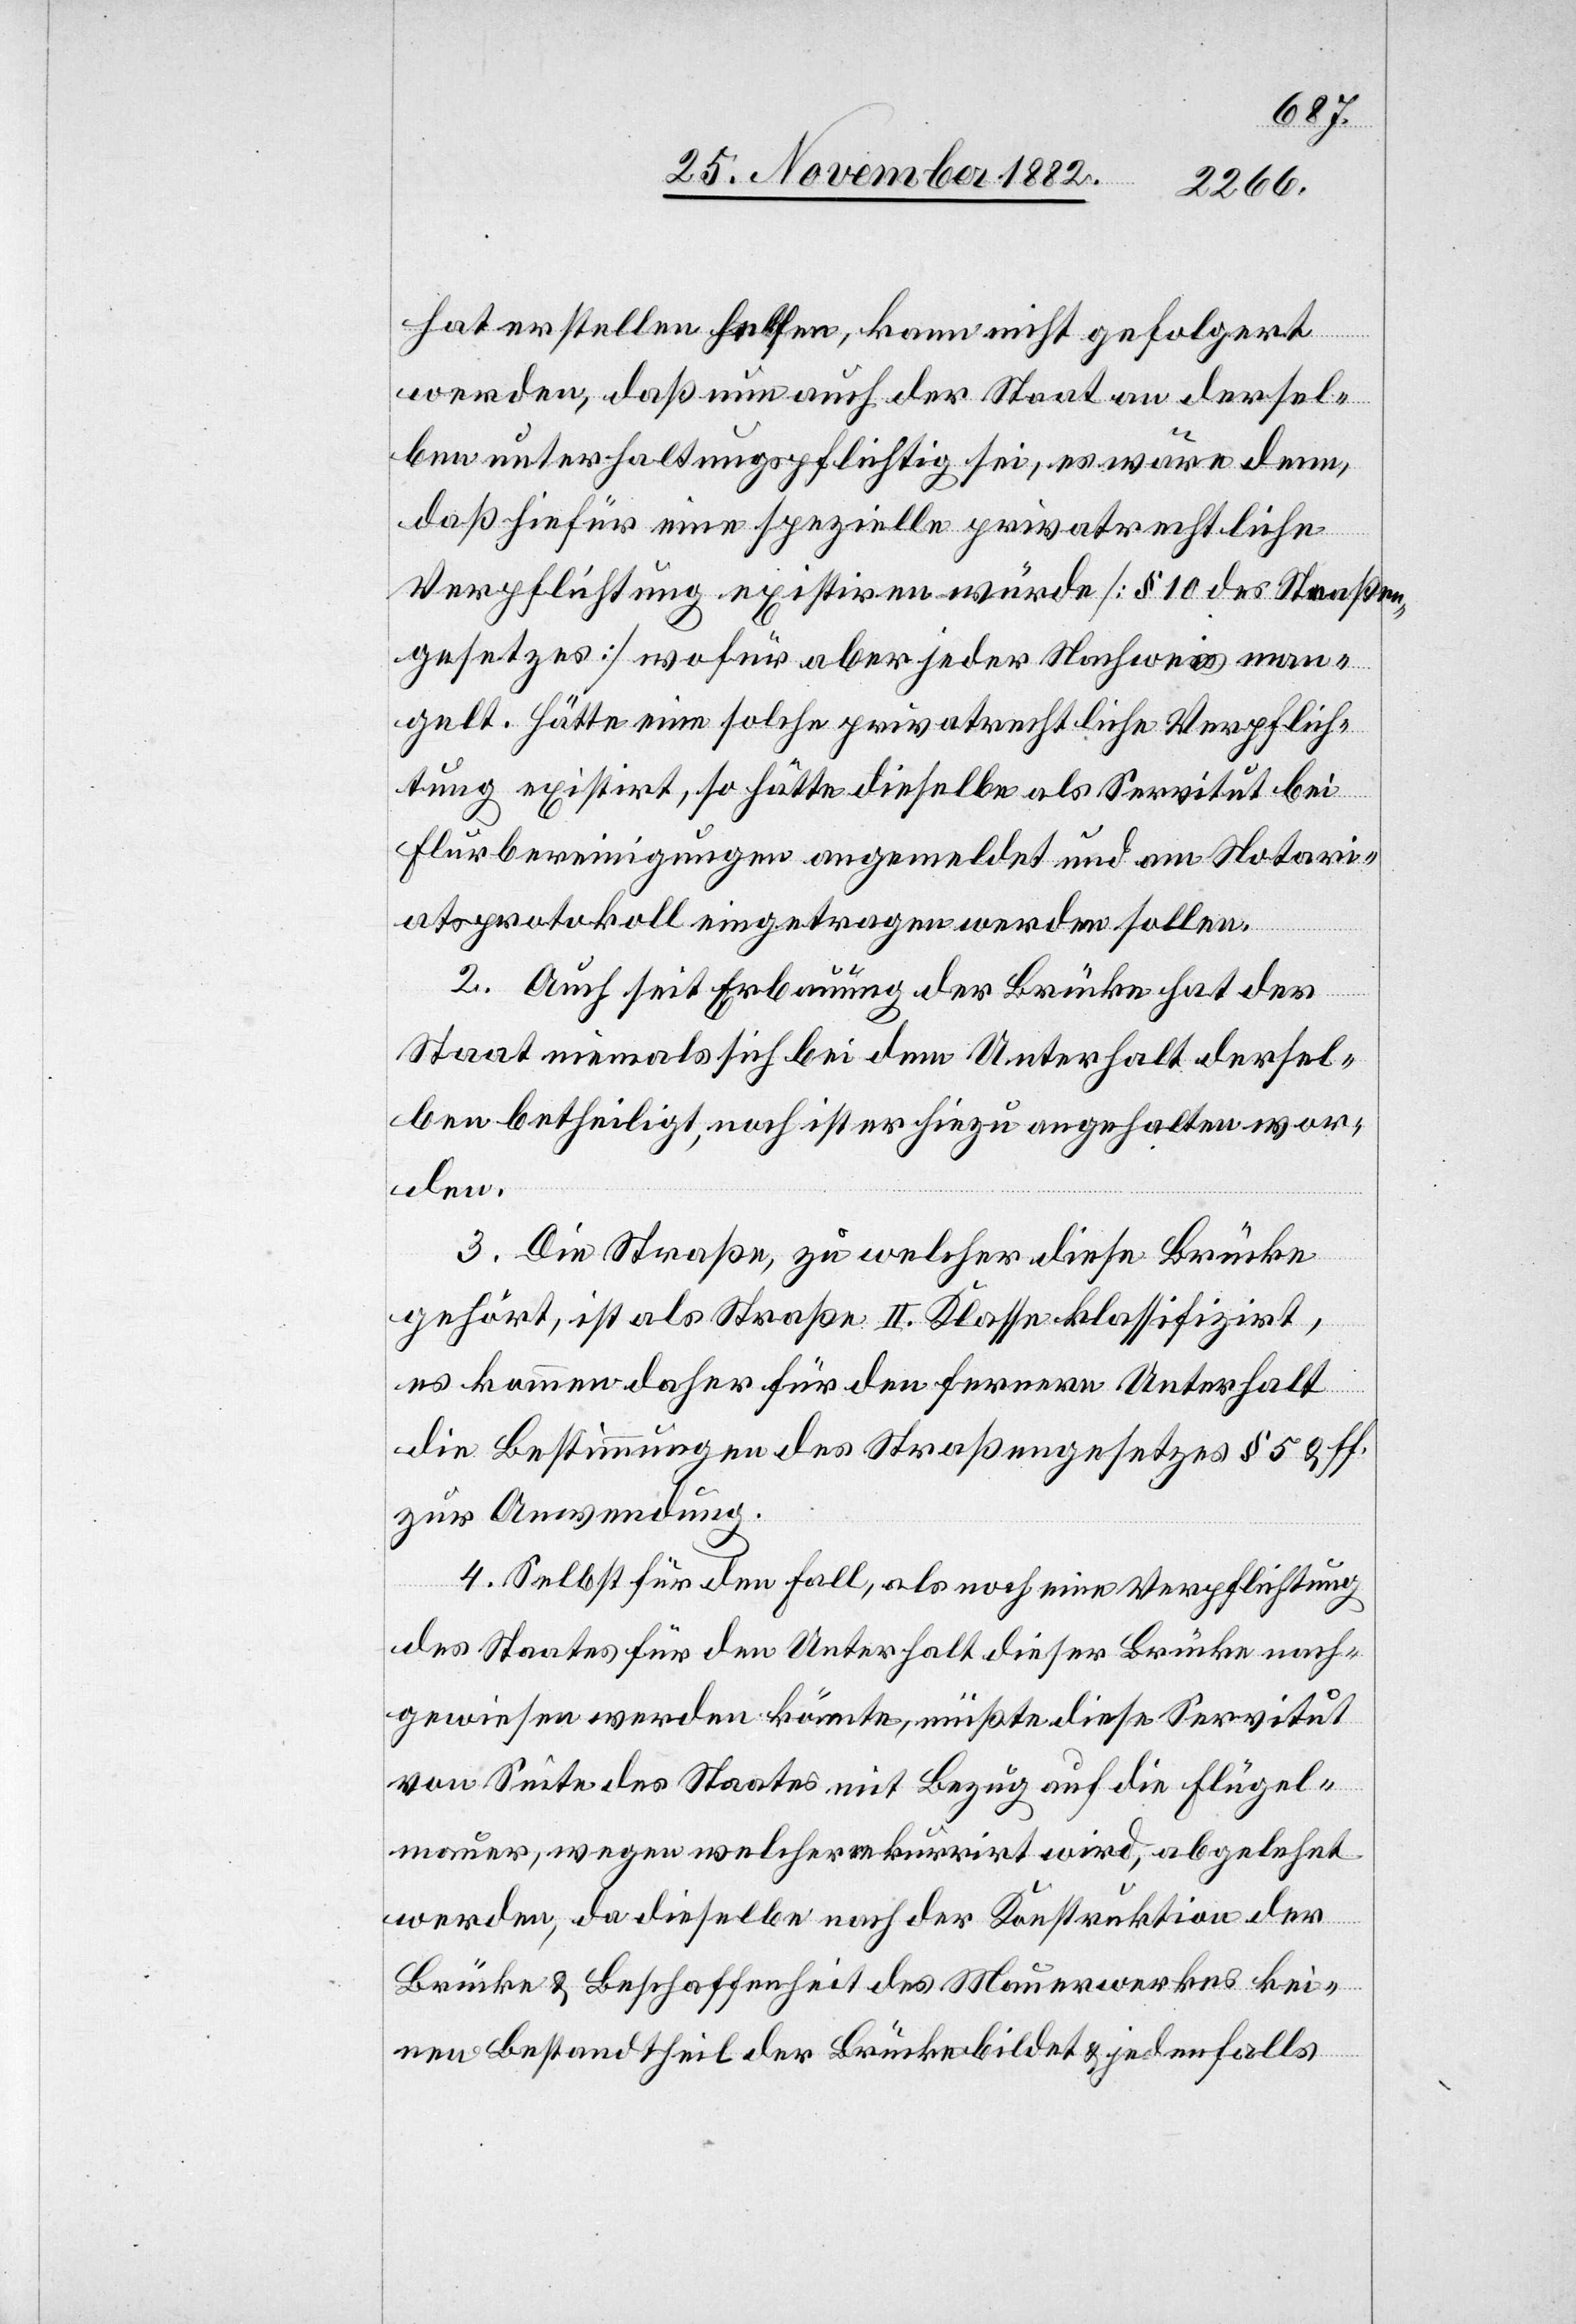
hat erstellen helfen, kann nicht gefolgert
werden, daß nun auch der Staat an dersel¬
ben unterhaltungspflichtig sei, es wäre denn,
daß hierfür eine spezielle privatrechtliche
Verpflichtung existiren würde [§ 10 des Straßen¬
gesetzes] wofür aber jeder Nachweis man¬
gelt. Hätte eine solche privatrechtliche Verpflich¬
tung existirt, so hätte dieselbe als Servitut bei
Flurbereinigungen angemeldet und am Notari¬
atsprotokoll eingetragen werden sollen.
2. Auch seit Erbauung der Brücke hat der
Staat niemals sich bei dem Unterhalt dersel¬
ben betheiligt, noch ist er hiezu angehalten wor¬
den.
3. Die Straße, zu welcher diese Brücke
gehört, ist als Straße II. Klasse klassifizirt,
es kommen daher für den fernern Unterhalt
die Bestimmungen des Straßengesetzes § 5 ff.
zur Anwendung.
4. Selbst für den Fall, als noch eine Verpflichtung
des Staates für den Unterhalt dieser Brücke nach¬
gewiesen werden könnte, müßte diese Servitut
von Seite des Staates mit Bezug auf die Flügel¬
mauer, wegen welcher rekurrirt wird, abgelehnt
werden, da dieselbe nach der Konstruktion der
Brücke & Beschaffenheit des Mauerwerkes kei¬
nen Bestandtheil der Brücke bildet & jedenfalls